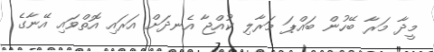
މީދާ މަރާ ބޭހުން ބައްޕަ މަރާލި ކުއްޖާ އެނދަށް އަރައި އޮތްވައި އޭނާގެ